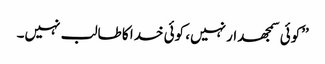
’’کوئی سمجھدار نہیں، کوئی خدا کا طالب نہیں۔